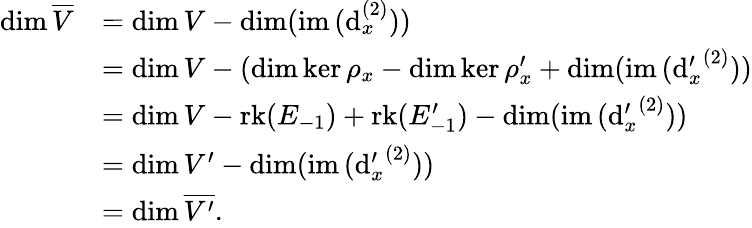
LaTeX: \begin{array}{rl}{\dim\overline{{V}}}&{=\dim V-\dim(\mathrm{im}\, (\mathrm{d}_{x}^{(2)}))}\\ &{=\dim V-(\dim\ker\rho_{x}-\dim\ker\rho_{x}^{\prime}+\dim(\mathrm{im}\, ({\mathrm{d}_{x}^{\prime}}^{(2)}))}\\ &{=\dim V-\mathrm{rk}({E_{-1}})+\mathrm{rk}({E_{-1}^{\prime}})-\dim(\mathrm{im}\, ({\mathrm{d}_{x}^{\prime}}^{(2)}))}\\ &{=\dim V^{\prime}-\dim(\mathrm{im}\, ({\mathrm{d}_{x}^{\prime}}^{(2)}))}\\ &{=\dim\overline{{V^{\prime}}}.}\end{array}